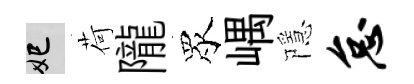
妃荷隴眾嵎隱怠